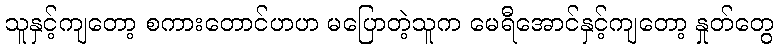
သူနှင့်ကျတော့ စကားတောင်ဟဟ မပြောတဲ့သူက မေရီအောင်နှင့်ကျတော့ နှုတ်တွေ